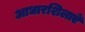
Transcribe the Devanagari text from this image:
आधारशिलाऐं